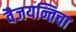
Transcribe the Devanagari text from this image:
वैजयन्तिचा